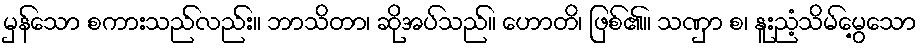
မှန်သော စကားသည်လည်း။ ဘာသိတာ၊ ဆိုအပ်သည်။ ဟောတိ၊ ဖြစ်၏။ သဏှာ စ၊ နူးညံ့သိမ်မွေ့သော